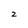
Character: 2